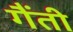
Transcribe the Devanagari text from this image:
गैंती